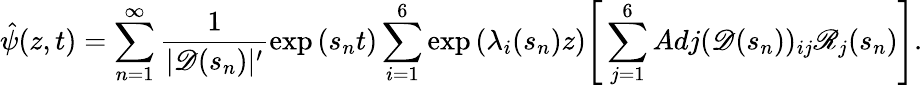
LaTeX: \hat{\psi}(z,t)=\sum_{n=1}^{\infty}\frac{1}{|\mathscr{D}(s_{n})|^{\prime}}\exp{(s_{n}t)}\sum_{i=1}^{6}\exp{(\lambda_{i}(s_{n})z)}\Bigg[\sum_{j=1}^{6}Adj(\mathscr{D}(s_{n}))_{ij}\mathscr{R}_{j}(s_{n})\Bigg].